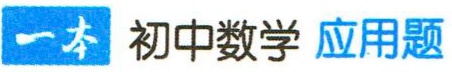
一本 初中数学 应用题